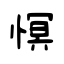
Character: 慏